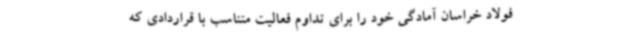
فولاد خراسان آمادگی خود را برای تداوم فعالیت متناسب با قراردادی که